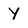
Character: Y